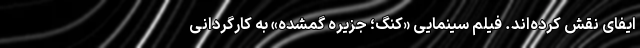
ایفای نقش کرده‌اند. فیلم سینمایی «کنگ؛ جزیره گمشده» به کارگردانی